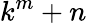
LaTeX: k^{m}+n